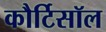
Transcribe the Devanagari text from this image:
कौर्टिसॉल